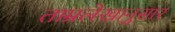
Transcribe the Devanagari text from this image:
ताम्रलेखानुसार